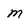
Character: m